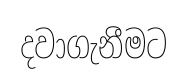
දවාගැනීමට